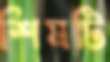
শিমটি